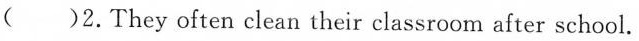
( )2. They often clean their classroom after school.